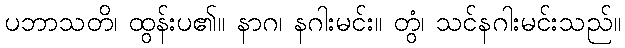
ပဘာသတိ၊ ထွန်းပ၏။ နာဂ၊ နဂါးမင်း။ တွံ၊ သင်နဂါးမင်းသည်။